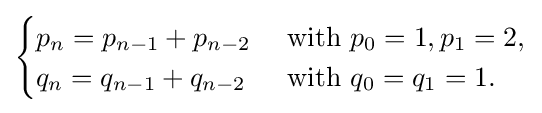
{\begin{cases}p_{n}=p_{n-1}+p_{n-2}&{\text{ with }}p_{0}=1,p_{1}=2,\\q_{n}=q_{n-1}+q_{n-2}&{\text{ with }}q_{0}=q_{1}=1.\end{cases}}